Scottish Leaving Certificate Examination, 1961
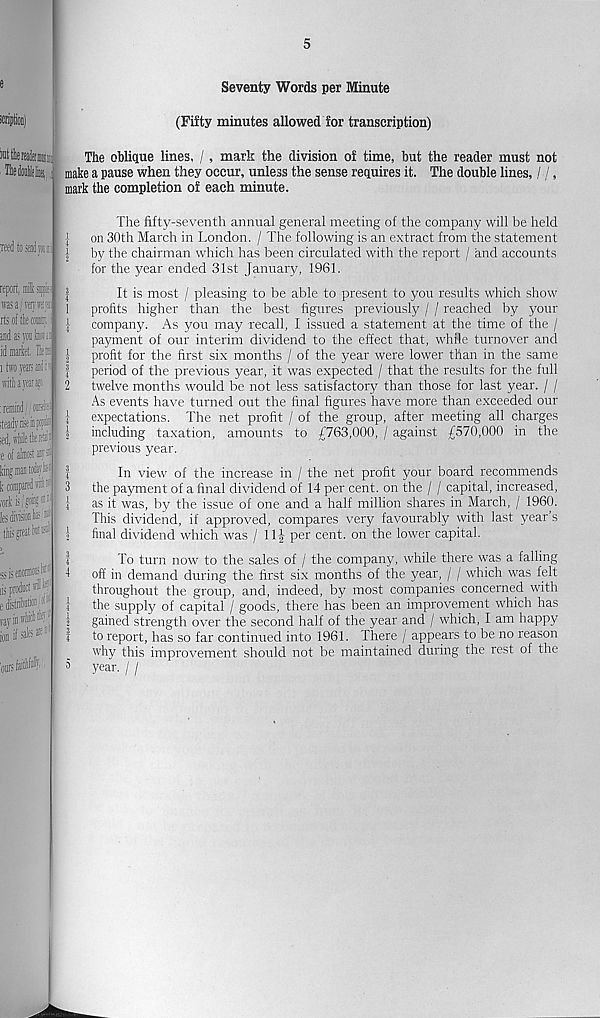
5
Seventy Words per Minute
(Fifty minutes allowed for transcription)
The oblique lines, /, mark the division of time, but the reader must not
make a pause when they occur, unless the sense requires it. The double lines, / /,
mark the completion of each minute.
The fifty-seventh annual general meeting of the company will be held
| on 30th March in London. / The following is an extract from the statement
| by the chairman which has been circulated with the report / and accounts
for the year ended 31st January, 1961.
|
It is most / pleasing to be able to present to you results which show
1 profits higher than the best figures previously / / reached by your
J company. As you may recall, I issued a statement at the time of the /
payment of our interim dividend to the effect that, while turnover and
i profit for the first six months / of the year were lower than in the same
1 period of the previous year, it was expected / that the results for the full
2 twelve months would be not less satisfactory than those for last year. / /
As events have turned out the final figures have more than exceeded our
I expectations. The net profit / of the group, after meeting all charges
1 including taxation, amounts to £763,000, / against £570,000 in the
previous year.
!
In view of the increase in / the net profit your board recommends
3 the payment of a final dividend of 14 per cent, on the / / capital, increased,
J as it was, by the issue of one and a half million shares in March, / 1960.
This dividend, if approved, compares very favourably with last year s
2 final dividend which was / 11| per cent, on the lower capital.
!
To turn now to the sales of / the company, while there was a falling
1 off in demand during the first six months of the year, / / which was felt
throughout the group, and, indeed, by most companies concerned with
1 the supply of capital / goods, there has been an improvement which has
2 gained strength over the second half of the year and / which, I am happy
! to report, has so far continued into 1961. There / appears to be no reason
why this improvement should not be maintained during the rest of the
year. / /
5